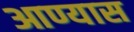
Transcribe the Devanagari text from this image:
आण्यास